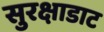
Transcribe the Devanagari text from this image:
सुरक्षाडाट